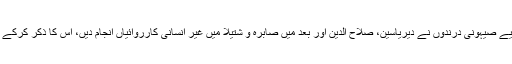
اس ہدف تک پہنچنے کے لیے صیہونی درندوں نے دیریاسین، صلاح الدین اور بعد میں صابرہ و شتیلا میں غیر انسانی کارروائیاں انجام دیں، اس کا ذکر کرکے تاریخ شرمندہ ہو جاتی ہے۔